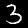
Label: 3